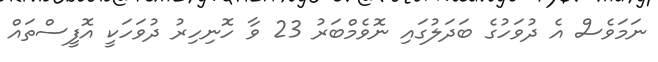
ނަމަވެސް އެ ދުވަހުގެ ބަދަލުގައި ނޮވެމްބަރު 23 ވާ ހޮނިހިރު ދުވަހަކީ އޮފީސްތައް